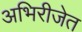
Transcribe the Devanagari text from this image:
अभिरीजेत